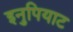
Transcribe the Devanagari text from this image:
इनुपियाट